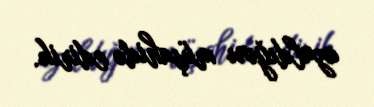
azaldığını müşahidə edirik.